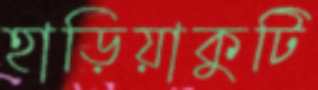
হাড়িয়াকুটি